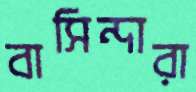
বাসিন্দারা